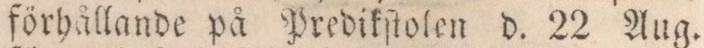
förhållande på Predikſtolen d. 22 Aug.